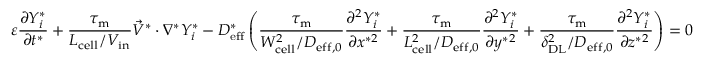
\varepsilon \frac { \partial Y _ { i } ^ { * } } { \partial t ^ { * } } + \boldsymbol { \frac { \tau _ { \mathrm { m } } } { L _ { \mathrm { c e l l } } / V _ { \mathrm { i n } } } } \vec { V } ^ { * } \cdot \nabla ^ { * } Y _ { i } ^ { * } - D _ { \mathrm { e f f } } ^ { * } \left( \boldsymbol { \frac { \tau _ { \mathrm { m } } } { W _ { \mathrm { c e l l } } ^ { 2 } / D _ { \mathrm { e f f } , 0 } } } \frac { \partial ^ { 2 } Y _ { i } ^ { * } } { \partial x ^ { * 2 } } + \boldsymbol { \frac { \tau _ { \mathrm { m } } } { L _ { \mathrm { c e l l } } ^ { 2 } / D _ { \mathrm { e f f } , 0 } } } \frac { \partial ^ { 2 } Y _ { i } ^ { * } } { \partial y ^ { * 2 } } + \boldsymbol { \frac { \tau _ { \mathrm { m } } } { \delta _ { \mathrm { D L } } ^ { 2 } / D _ { \mathrm { { e f f } , 0 } } } } \frac { \partial ^ { 2 } Y _ { i } ^ { * } } { \partial z ^ { * 2 } } \right) = 0